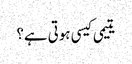
یتیمی کیسی ہوتی ہے؟